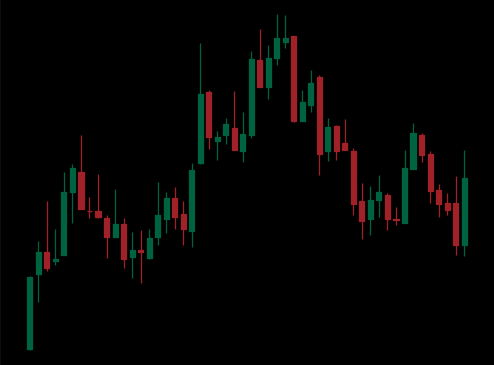
Pattern: head_shoulders